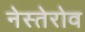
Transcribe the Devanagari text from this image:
नेस्तेरोव